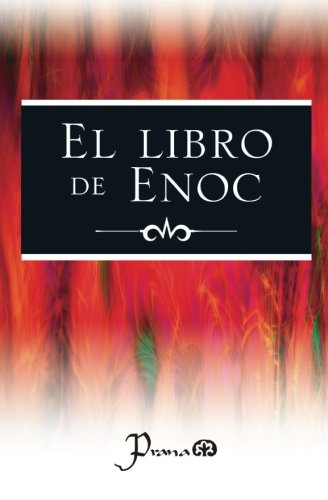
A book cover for El libro de Enoc (Spanish Edition); Profeta Enoc; Religion & Spirituality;